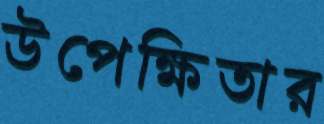
উপেক্ষিতার